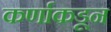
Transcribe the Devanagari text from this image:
कर्णाकडून